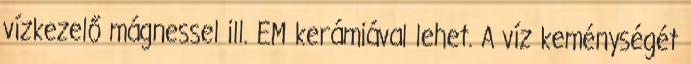
vízkezelő mágnessel ill. EM kerámiával lehet. A víz keménységét